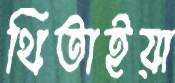
থিতাইয়া